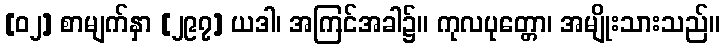
[၀၂] စာမျက်နှာ [၂၉၇] ယဒါ၊ အကြင်အခါ၌။ ကုလပုတ္တော၊ အမျိုးသားသည်။